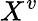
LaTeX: X^{v}